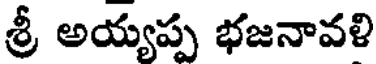
శ్రీ అయ్యప్ప భజనావళి